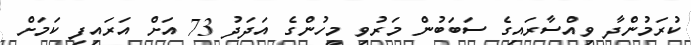
ކުރަމުންދާ ވިއްސާރައިގެ ސަބަބުން މަރުވި މީހުންގެ އަދަދު 73 އަށް އަރައިފި ކަމަށް